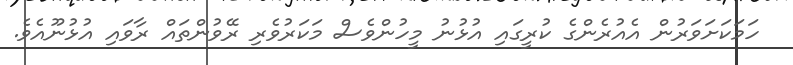
ހަމަކަށަވަރުން އެއުރެންގެ ކުރީގައި އުޅުނު މީހުންވެސް މަކަރުވެރި ރޭވުންތައް ރާވައި އުޅުނޫއެވެ.